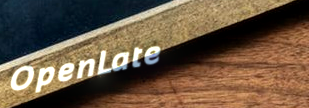
OpenLate